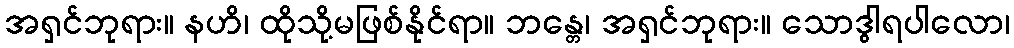
အရှင်ဘုရား။ နဟိ၊ ထိုသို့မဖြစ်နိုင်ရာ။ ဘန္တေ၊ အရှင်ဘုရား။ သောဒွါရပါလော၊